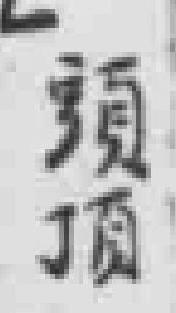
頭頂